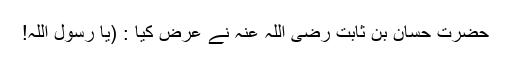
حضرت حسان بن ثابت رضی اللہ عنہ نے عرض کیا : (یا رسول اللہ!